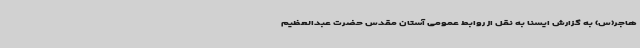
هاجر(س) به گزارش ایسنا به نقل از روابط عمومی آستان مقدس حضرت عبدالعظیم